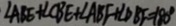
\angle A B E + \angle C B E + \angle A B F + \angle D B F = 1 8 0 ^ { \circ }